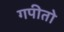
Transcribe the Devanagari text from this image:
गपीतो